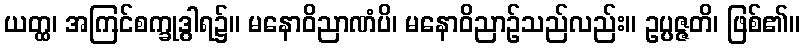
ယတ္ထ၊ အကြင်စက္ခုဒွါရ၌။ မနောဝိညာဏံပိ၊ မနောဝိညာဉ်သည်လည်း။ ဥပ္ပဇ္ဇတိ၊ ဖြစ်၏။